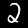
Label: 2